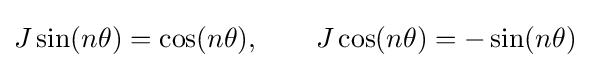
J\sin(n\theta )=\cos(n\theta ),\qquad J\cos(n\theta )=-\sin(n\theta )